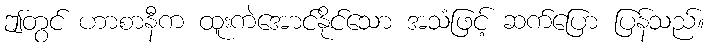
ဤတွင် ဟာစာနီက ထူးကဲအောင်နိုင်သော အသံဖြင့် ဆက်ပြော ပြန်သည်။